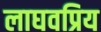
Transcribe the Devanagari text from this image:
लाघवप्रिय